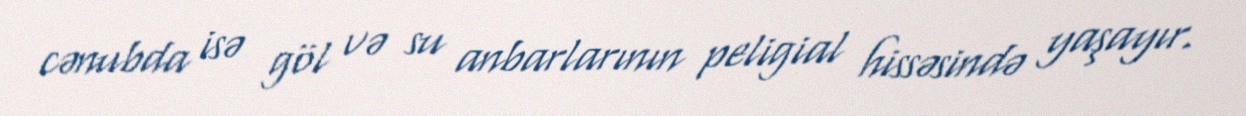
cənubda isə göl və su anbarlarının peligial hissəsində yaşayır.